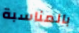
بالمناسبة